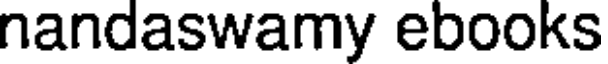
nandaswamy ebooks